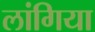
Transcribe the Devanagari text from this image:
लांगिया